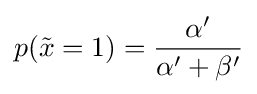
p({\tilde {x}}=1)={\frac {\alpha '}{\alpha '+\beta '}}